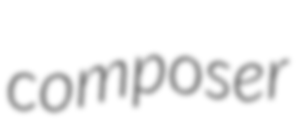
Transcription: composer